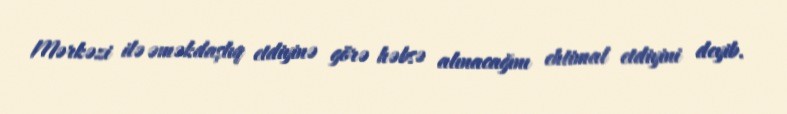
Mərkəzi ilə əməkdaşlıq etdiyinə görə həbsə alınacağını ehtimal etdiyini deyib.